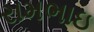
રામભાઇ